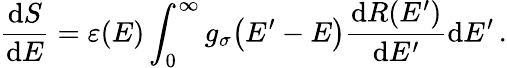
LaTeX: \frac{\mathrm{d}S}{\mathrm{d}E}=\varepsilon{(E)}\int_{0}^{\infty}g_{\sigma}{\left(E^{\prime}-E\right)}\frac{\mathrm{d}R{(E^{\prime})}}{\mathrm{d}E^{\prime}}\mathrm{d}E^{\prime}\, .